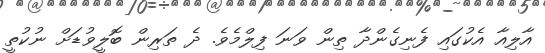
އާލިއާ އެކުގައި ފެނިގެންދާ ތިން ވަނަ ފިލްމެވެ. ދެ ތަރިން ބޮލީވުޑަށް ނުކުތީ